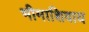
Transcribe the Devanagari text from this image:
भीमाशिवाय